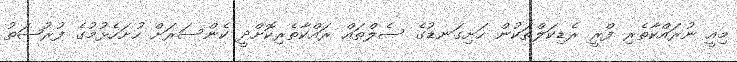
މިއީ ނުރައްކާތެރި ފްރީ ރެޑިކަލްތަކުން ހަށިގަނޑުގެ ސެލްތައް ރައްކާތެރިކޮށްދީ ކެންސަރަށް ހުށަހެޅުމުގެ ފުރުޞަތު